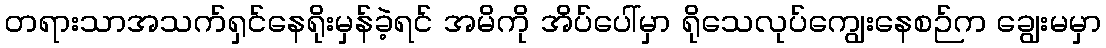
တရားသာအသက်ရှင်နေရိုးမှန်ခဲ့ရင် အမိကို အိပ်ပေါ်မှာ ရိုသေလုပ်ကျွေးနေစဉ်က ချွေးမမှာ